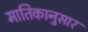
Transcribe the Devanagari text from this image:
मातिकानुसार